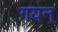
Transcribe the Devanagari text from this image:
गयन्